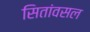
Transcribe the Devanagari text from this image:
सितांवसल